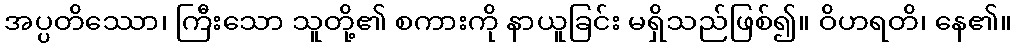
အပ္ပတိဿော၊ ကြီးသော သူတို့၏ စကားကို နာယူခြင်း မရှိသည်ဖြစ်၍။ ဝိဟရတိ၊ နေ၏။